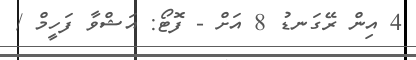
4 އިން ރޭގަނޑު 8 އަށް - ފޮޓޯ: އަޝްވާ ފަހީމް /